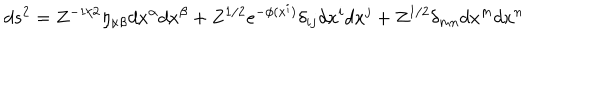
d s ^ { 2 } = Z ^ { - 1 / 2 } \eta _ { \alpha \beta } d x ^ { \alpha } d x ^ { \beta } + Z ^ { 1 / 2 } e ^ { - \phi ( x ^ { i } ) } \delta _ { i j } d x ^ { i } d x ^ { j } + Z ^ { 1 / 2 } \delta _ { m n } d x ^ { m } d x ^ { n }